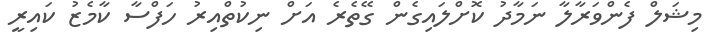
މިޝަލް ފެންވަރާލާ ނަމާދު ކޮށްލައިގެން ގޭތެރެ އަށް ނިކުތްއިރު ހަފްސާ ކާމެޒު ކައިރީ